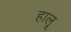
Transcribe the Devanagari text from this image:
हालू